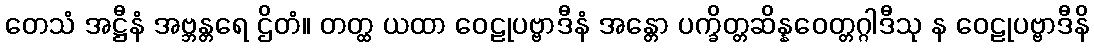
တေသံ အဋ္ဌီနံ အဗ္ဘန္တရေ ဌိတံ။ တတ္ထ ယထာ ဝေဠုပဗ္ဗာဒီနံ အန္တော ပက္ခိတ္တဆိန္နဝေတ္တဂ္ဂါဒီသု န ဝေဠုပဗ္ဗာဒီနိ